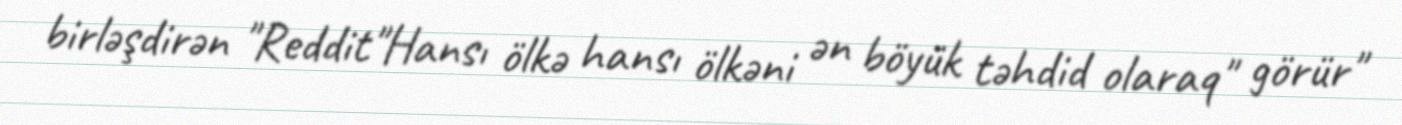
birləşdirən "Reddit"Hansı ölkə hansı ölkəni ən böyük təhdid olaraq" görür"